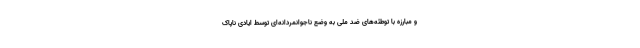
و مبارزه با توطئه‌های ضد ملی به وضع ناجوانمردانه‌ای توسط ایادی ناپاک